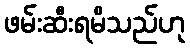
ဖမ်းဆီးရမိသည်ဟု